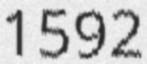
1592